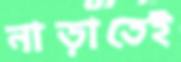
নাড়াতেই